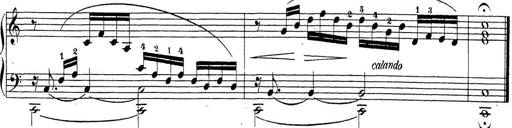
Title: Sonatina Album
Composer: Louis KÃ¶hler